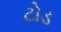
ટોડ